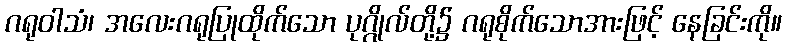
ဂရုဝါသံ၊ အလေးဂရုပြုထိုက်သော ပုဂ္ဂိုလ်တို့၌ ဂရုစိုက်သောအားဖြင့် နေခြင်းကို။